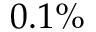
0 . 1 \%